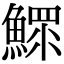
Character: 鰥